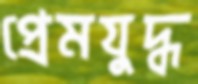
প্রেমযুদ্ধ